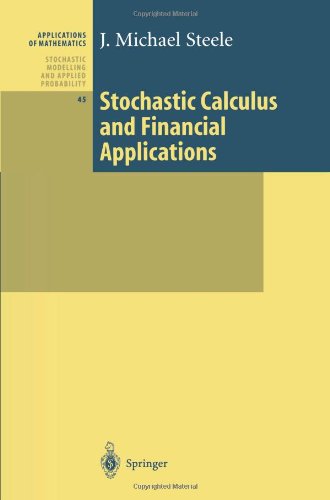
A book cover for Stochastic Calculus and Financial Applications (Stochastic Modelling and Applied Probability); J. Michael Steele; Science & Math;